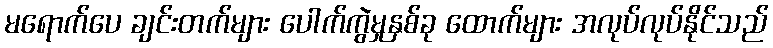
မရောက်ပေ ချင်းတက်များ ပေါက်ကွဲမှုနှစ်ခု ထောက်များ အလုပ်လုပ်နိုင်သည်